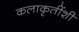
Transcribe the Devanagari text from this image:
कलाकृतींशी